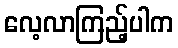
လေ့လာကြည့်ပါက